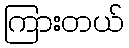
ကြားတယ်